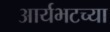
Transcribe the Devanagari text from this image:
आर्यभटच्या